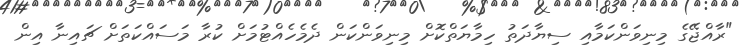
"ރާއްޖޭގެ މިނިވަންކަމާއި ސިޔާދަތު ހިމާޔަތްކޮށް މިނިވަންކަން ދެމެހެއްޓުމަށް ކުރާ މަސައްކަތަށް ޗައިނާ އިން